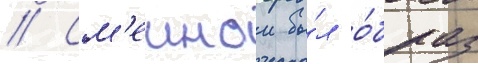
// См'ешнои бы́л о́браз